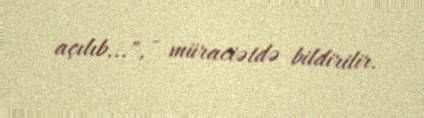
açılıb...", - müraciətdə bildirilir.